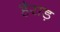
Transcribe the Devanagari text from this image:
हैराड़